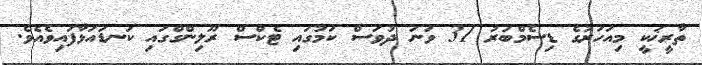
ތާރީޚަކީ މިއަހަރުގެ ޑިސެމްބަރު 31 ވަނަ ދުވަސް ކަމުގައި ޓެކްސް ރޫލިންގްގައި ކަނޑައަޅާފައިވެއެވެ.